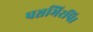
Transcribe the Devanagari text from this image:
पञ्चभिरपि।